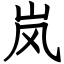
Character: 岚